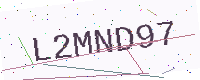
Text: L2MND97